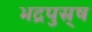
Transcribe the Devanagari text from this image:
भद्रपुस्र्ष